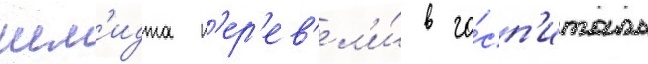
шм'идта п'ер'ев'ел'и́ в го́сп'италь